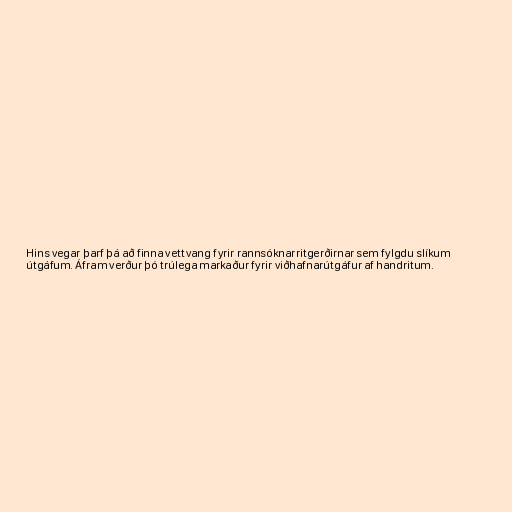
Hins vegar þarf þá að finna vettvang fyrir rannsóknarritgerðirnar sem fylgdu slíkum
útgáfum. Áfram verður þó trúlega markaður fyrir viðhafnarútgáfur af handritum.